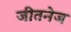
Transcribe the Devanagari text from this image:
जीतनेज